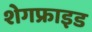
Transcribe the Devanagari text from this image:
शेगफ्राइड